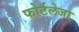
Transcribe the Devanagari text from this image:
फोर्टलेजा